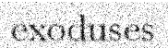
exoduses